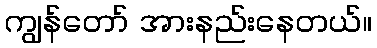
ကျွန်တော် အားနည်းနေတယ်။